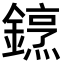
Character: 䥋